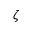
\zeta